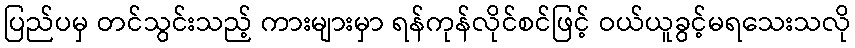
ပြည်ပမှ တင်သွင်းသည့် ကားများမှာ ရန်ကုန်လိုင်စင်ဖြင့် ဝယ်ယူခွင့်မရသေးသလို